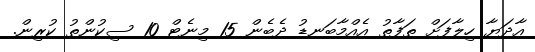
އާދަޔާ ހިލާފަށް ތަފާތު އެއްމާބަނޑު ދެބެން 15 މިނެޓް 10 ސިކުންތު ކުރިން.